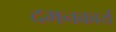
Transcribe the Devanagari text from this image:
दमनकार्य